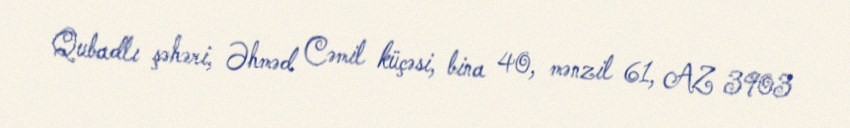
Qubadlı şəhəri, Əhməd Cəmil küçəsi, bina 40, mənzil 61, AZ 3903